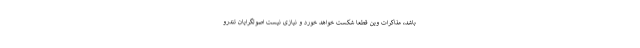
باشد، مذاکرات وین قطعا شکست خواهد خورد و نیازی نیست اصولگرایان تندرو